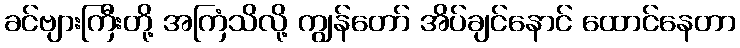
ခင်ဗျားကြီးတို့ အကြံသိလို့ ကျွန်တော် အိပ်ချင်နောင် ထောင်နေတာ